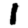
Digit: 1